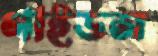
গাইডস